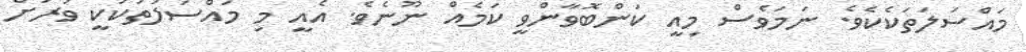
މައްސަލަތަކެކެވެ. ނަމަވެސް މިއީ ކަންބޮވާންވީ ކަމެއް ނޫނެވެ. އެއީ މި މައްސަލަތަކަކީ ވަރަށް